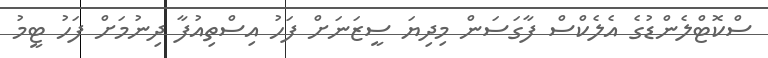
ސްކޮޓްލެންޑުގެ އެލެކްސް ފާގަސަން މިދިޔަ ސީޒަނަށް ފަހު އިސްތިއުފާ ދިނުމަށް ފަހު ޓީމު